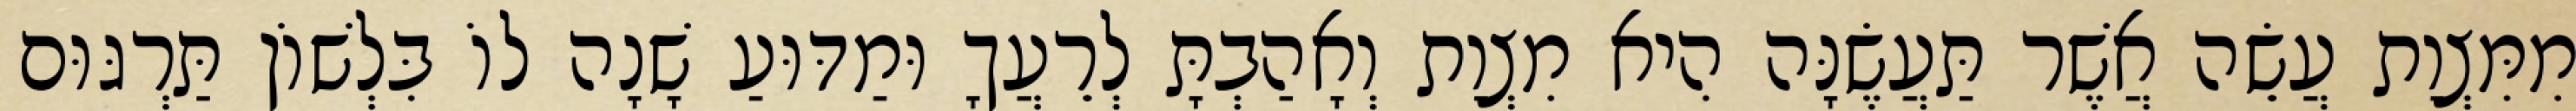
מִמִּצְוַת עֲשֵׂה אֲשֶׁר תַּעֲשֶׂנָּה הִיא מִצְוַת וְאָהַבְתָּ לְרֵעֲךָ וּמַדּוּעַ שָׁנָה לוֹ בִּלְשׁוֹן תַּרְגּוּם